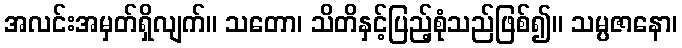
အလင်းအမှတ်ရှိလျက်။ သတော၊ သိတိနှင့်ပြည့်စုံသည်ဖြစ်၍။ သမ္ပဇာနော၊